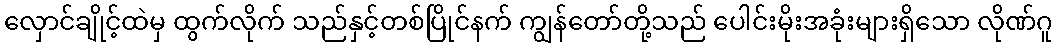
လှောင်ချိုင့်ထဲမှ ထွက်လိုက် သည်နှင့်တစ်ပြိုင်နက် ကျွန်တော်တို့သည် ပေါင်းမိုးအခုံးများရှိသော လိုဏ်ဂူ